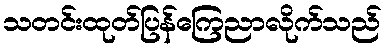
သတင်းထုတ်ပြန်ကြေညာလိုက်သည်